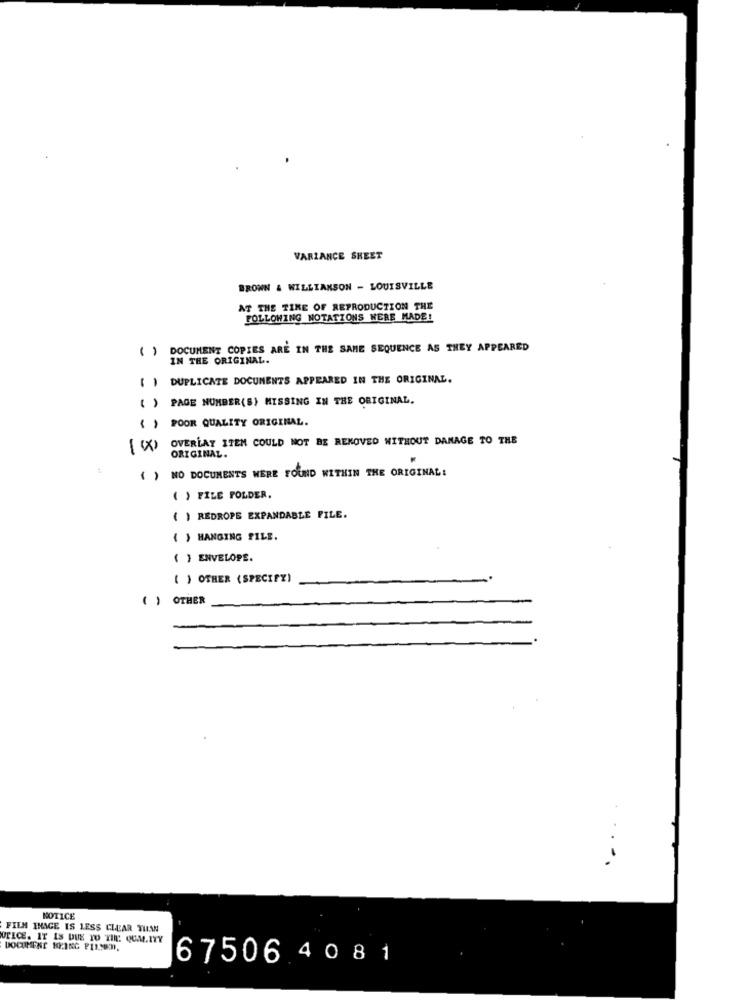
VARIANCE SHEET
BROWN & WILLIAMSON - LOUISVILLE
AT THE TIME OF REPRODUCTION THE
FOLLOWING NOTATIONS WERE MADE!
DOCUMENT COPIES ARE IN THE SAME SEQUENCE AS THEY APPEARED
IN THE ORIGINAL.
( ) DUPLICATE DOCUMENTS APPEARED IN THE ORIGINAL.
() PAGE NUMBER(S) MISSING IN THE ORIGINAL.
POOR QUALITY ORIGINAL.
OVERLAY ITEM COULD NOT BE REMOVED WITHOUT DAMAGE TO THE
[ X
ORIGINAL.
( ) NO DOCUMENTS WERE FOUND WITHIN THE ORIGINAL:
( ) FILE POLDER.
( ) REDROPE EXPANDABLE FILE.
{ } HANGING FILE.
( ) ENVELOPE.
( ) OTHER (SPECIFY)
( ) OTHER
-.
NOTICE
FILM INAGE IS LESS CLEAR TUM
OFICE. IT IS DUE TO THE: QUM.ITY
DOCUMENT KYING PILSEN.
67506 4 0 81